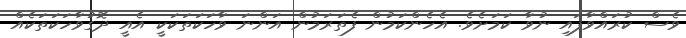
ވެސް ކުރައްވާފައި ނުވާ ކަމަށެވެ. އެހެންކަމުން ފެތަރަމުން އަންނަ ވާހަކަތަކަކީ އެއީ ދޮގުވާހަކަތަކެއް